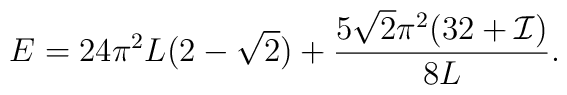
E =  24 \pi^2 L (2 -\sqrt{2})+ \frac{5 \sqrt{2} \pi^2 (32 + {\cal I})}{8 L}.